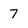
Character: 7